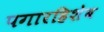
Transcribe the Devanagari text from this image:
पगारहिशेब